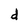
Character: d